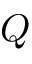
Q